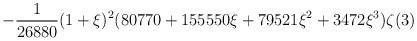
LaTeX: \begin{align*}\displaystyle-\frac{1}{26880}(1+\xi)^2(80770+155550\xi +79521\xi^2+3472\xi^3)\zeta(3)\end{align*}